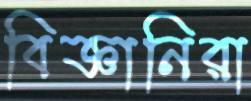
বিজ্ঞানিরা